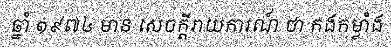
ឆ្នាំ ១៩៧៤ មាន សេចក្តីរាយការណ៍ ថា កងកម្លាំង